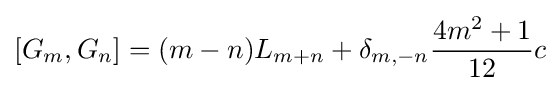
[G_{m},G_{n}]=(m-n)L_{m+n}+\delta _{m,-n}{\frac {4m^{2}+1}{12}}c